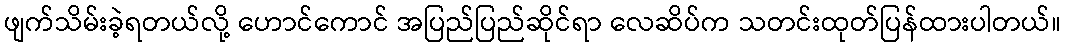
ဖျက်သိမ်းခဲ့ရတယ်လို့ ဟောင်ကောင် အပြည်ပြည်ဆိုင်ရာ လေဆိပ်က သတင်းထုတ်ပြန်ထားပါတယ်။